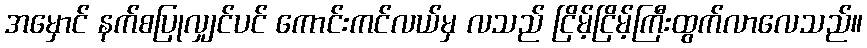
အမှောင် နက်စပြုလျှင်ပင် ကောင်းကင်လယ်မှ လသည် ငြိမ့်ငြိမ့်ကြီးထွက်လာလေသည်။